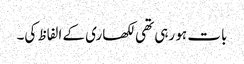
بات ہو رہی تھی لکھاری کے الفاظ کی۔